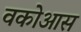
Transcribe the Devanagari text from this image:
वकोआस